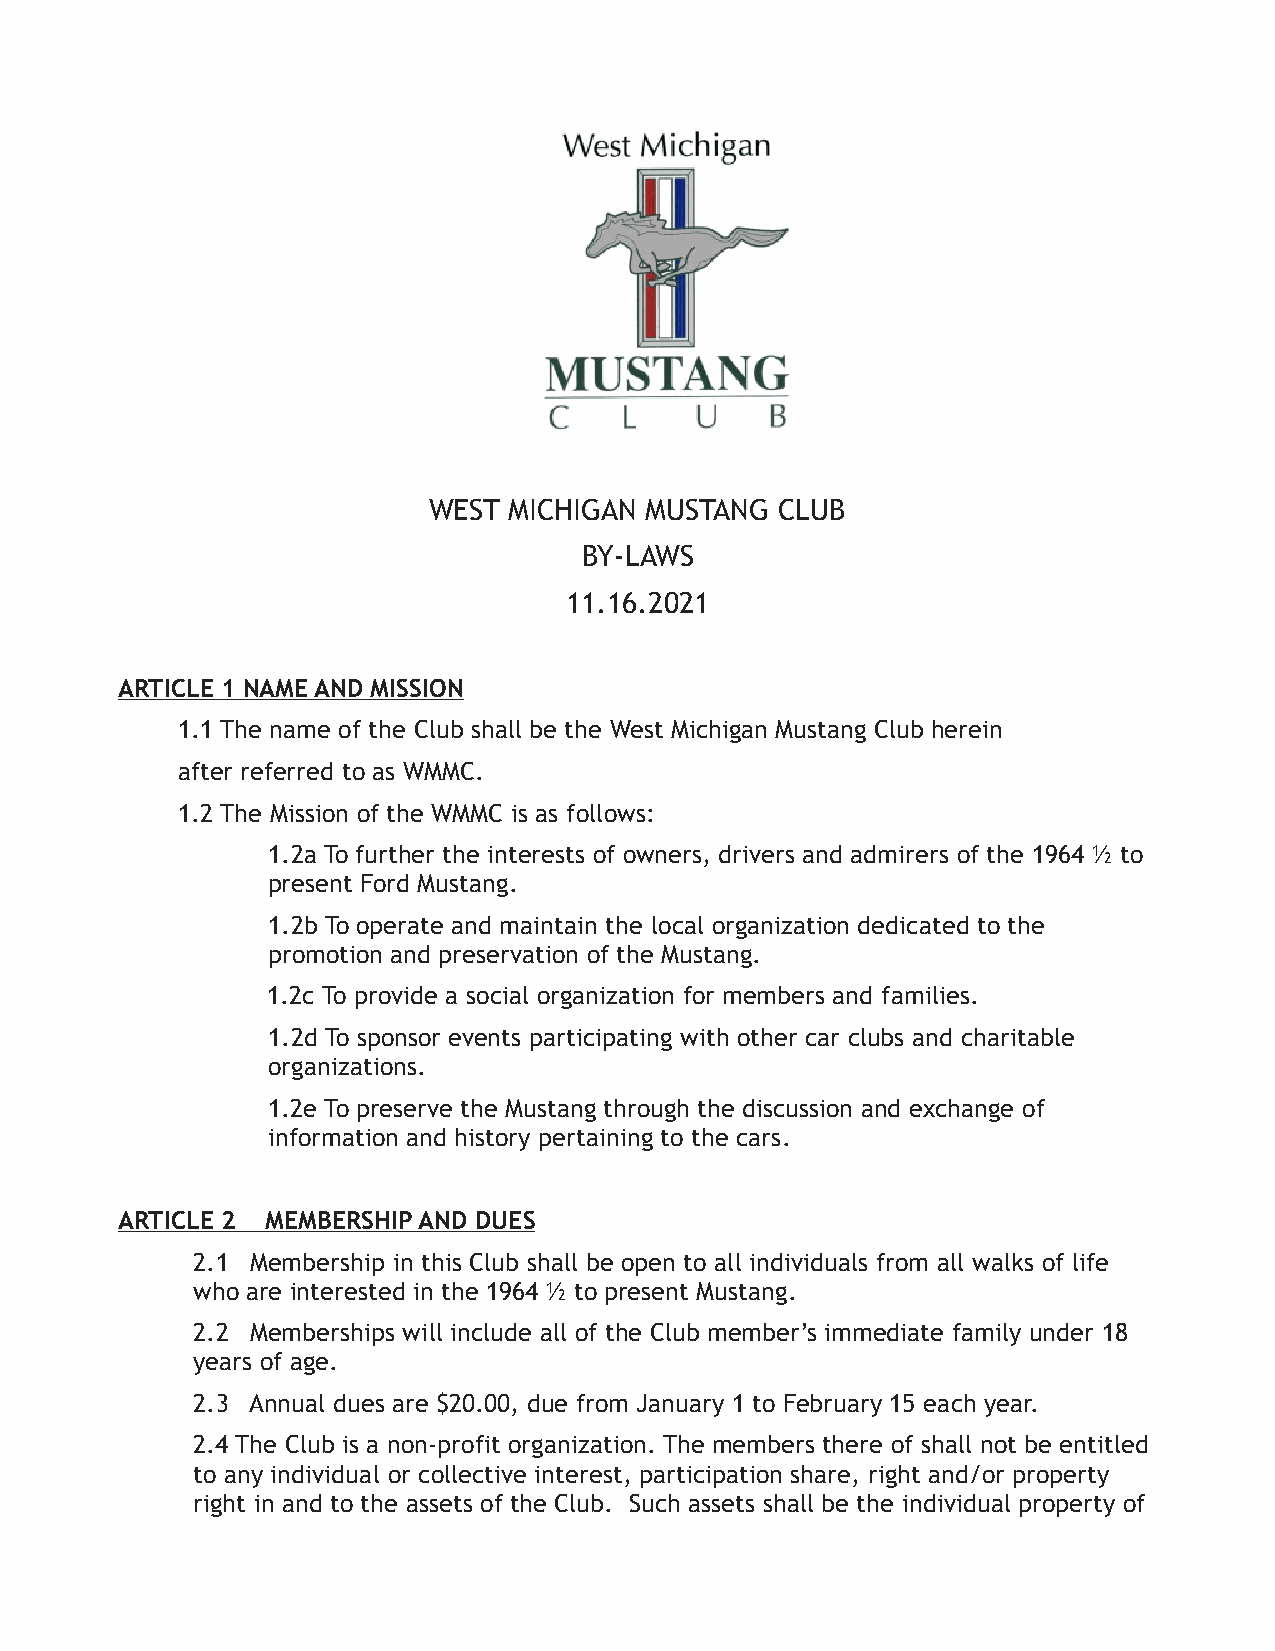
WEST  MICHIGAN MUSTANG  CLUB
 BY-LAWS
 11.16.2021
 ARTICLE 1 NAME AND MISSION
 1.1 The name of the Club shall be the West Michigan Mustang Club herein
 after referred to as WMMC.
 1.2 The Mission of the WMMC is as follows:
 1.2a To further the interests of owners, drivers and admirers of the 1964 ½ to
 present Ford Mustang.
 1.2b To operate and maintain the local organization dedicated to the
 promotion and preservation of the Mustang.
 1.2c To provide a social organization for members and families.
 1.2d To sponsor events participating with other car clubs and charitable
 organizations.
 1.2e To preserve the Mustang through the discussion and exchange of
 information and history pertaining to the cars.
 ARTICLE 2 MEMBERSHIP AND DUES
 2.1 Membership in this Club shall be open to all individuals from all walks of life
 who are interested in the 1964 ½ to present Mustang.
 2.2 Memberships will include all of the Club member’s immediate family under 18
 years of age.
 2.3 Annual dues are $20.00, due from January 1 to February 15 each year.
 2.4 The Club is a non-profit organization. The members there of shall not be entitled
 to any individual or collective interest, participation share, right and/or property
 right in and to the assets of the Club. Such assets shall be the individual property of